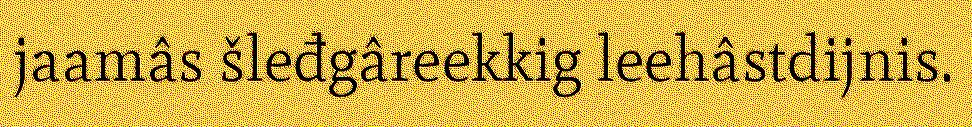
jaamâs šleđgâreekkig leehâstdijnis.